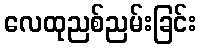
လေထုညစ်ညမ်းခြင်း